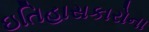
ઇતિહાસકારોના